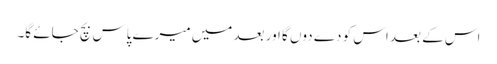
اس کے بعد اس کو دے دوں گا اور بعد میں میرے پاس بچ جائے گا۔